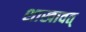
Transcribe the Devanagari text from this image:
शाखावत्